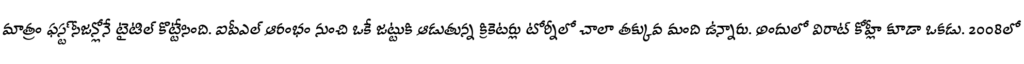
మాత్రం ఫస్ట్ సీజన్లోనే టైటిల్ కొట్టేసింది. ఐపీఎల్ ఆరంభం నుంచి ఒకే జట్టుకి ఆడుతున్న క్రికెటర్లు టోర్నీలో చాలా తక్కువ మంది ఉన్నారు. అందులో విరాట్ కోహ్లీ కూడా ఒకడు. 2008లో